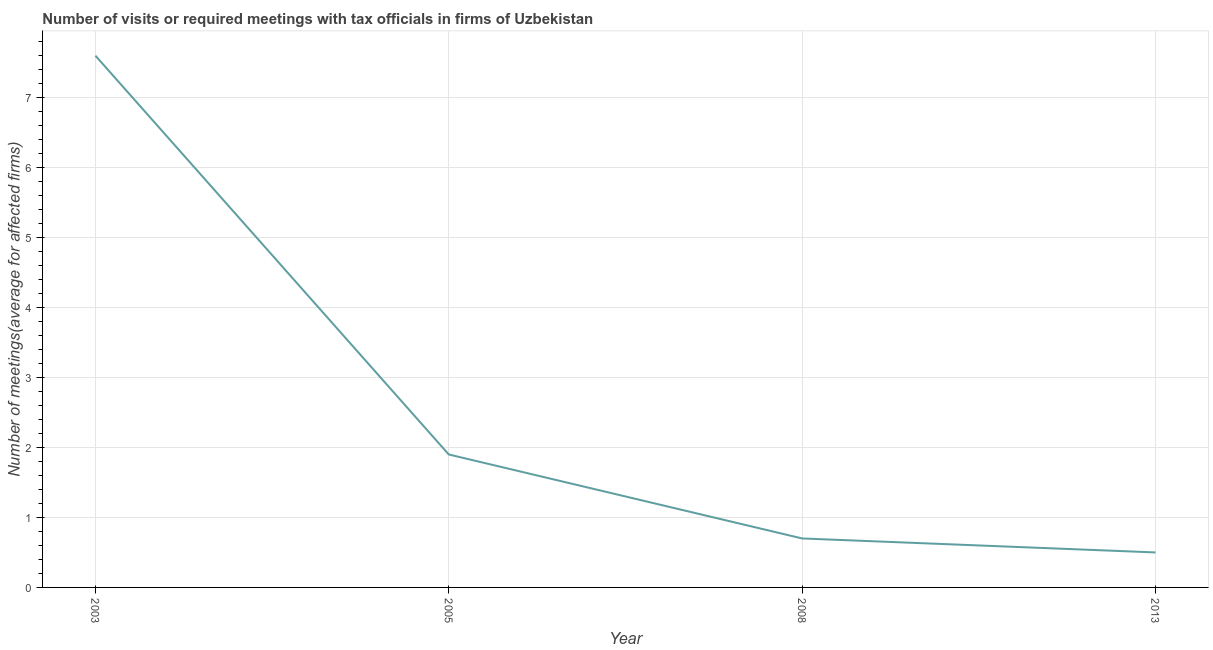
| Year | Meetings with tax officials |
 | --- | --- |
 | 2003 | 7.6 |
 | 2005 | 1.9 |
 | 2008 | 0.7 |
 | 2013 | 0.5 |